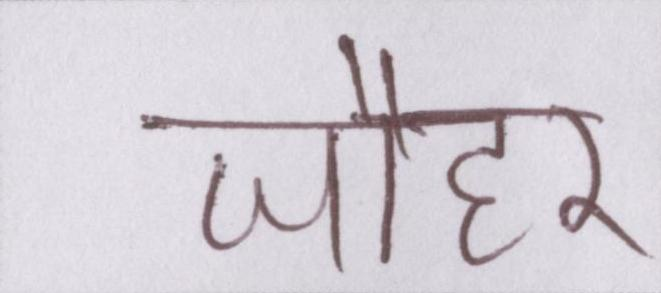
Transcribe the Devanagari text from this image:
जौहर